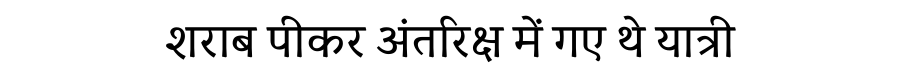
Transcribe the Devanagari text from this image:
शराब पीकर अंतरिक्ष में गए थे यात्री